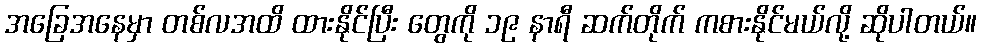
အခြေအနေမှာ တစ်လအထိ ထားနိုင်ပြီး တွေကို ၁၉ နာရီ ဆက်တိုက် ကစားနိုင်မယ်လို့ ဆိုပါတယ်။